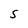
Character: S